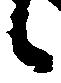
候